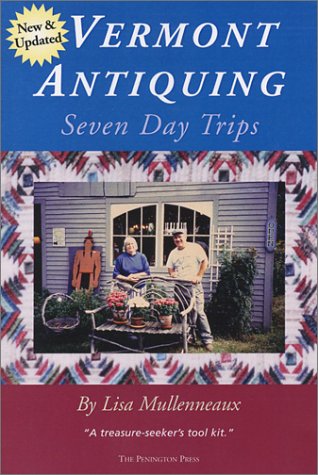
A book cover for Vermont Antiquing: Seven Day Trips; Lisa Mullenneaux; Travel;